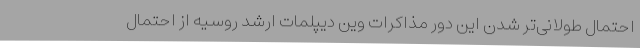
احتمال طولانی‌تر شدن این دور مذاکرات وین دیپلمات ارشد روسیه از احتمال